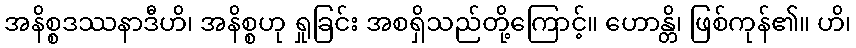
အနိစ္စဒဿနာဒီဟိ၊ အနိစ္စဟု ရှုခြင်း အစရှိသည်တို့ကြောင့်။ ဟောန္တိ၊ ဖြစ်ကုန်၏။ ဟိ၊